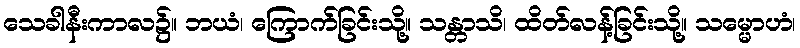
သေခါနီးကာလ၌။ ဘယံ၊ ကြောက်ခြင်းသို့။ သန္တာသိ၊ ထိတ်လန့်ခြင်းသို့။ သမ္မောဟံ၊